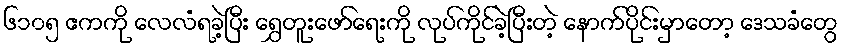
၆၁၀၅ ဧကကို လေလံရခဲ့ပြီး ရွှေတူးဖော်ရေးကို လုပ်ကိုင်ခဲ့ပြီးတဲ့ နောက်ပိုင်းမှာတော့ ဒေသခံတွေ